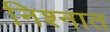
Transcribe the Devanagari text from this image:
निश्नात